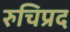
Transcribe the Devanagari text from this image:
रुचिप्रद